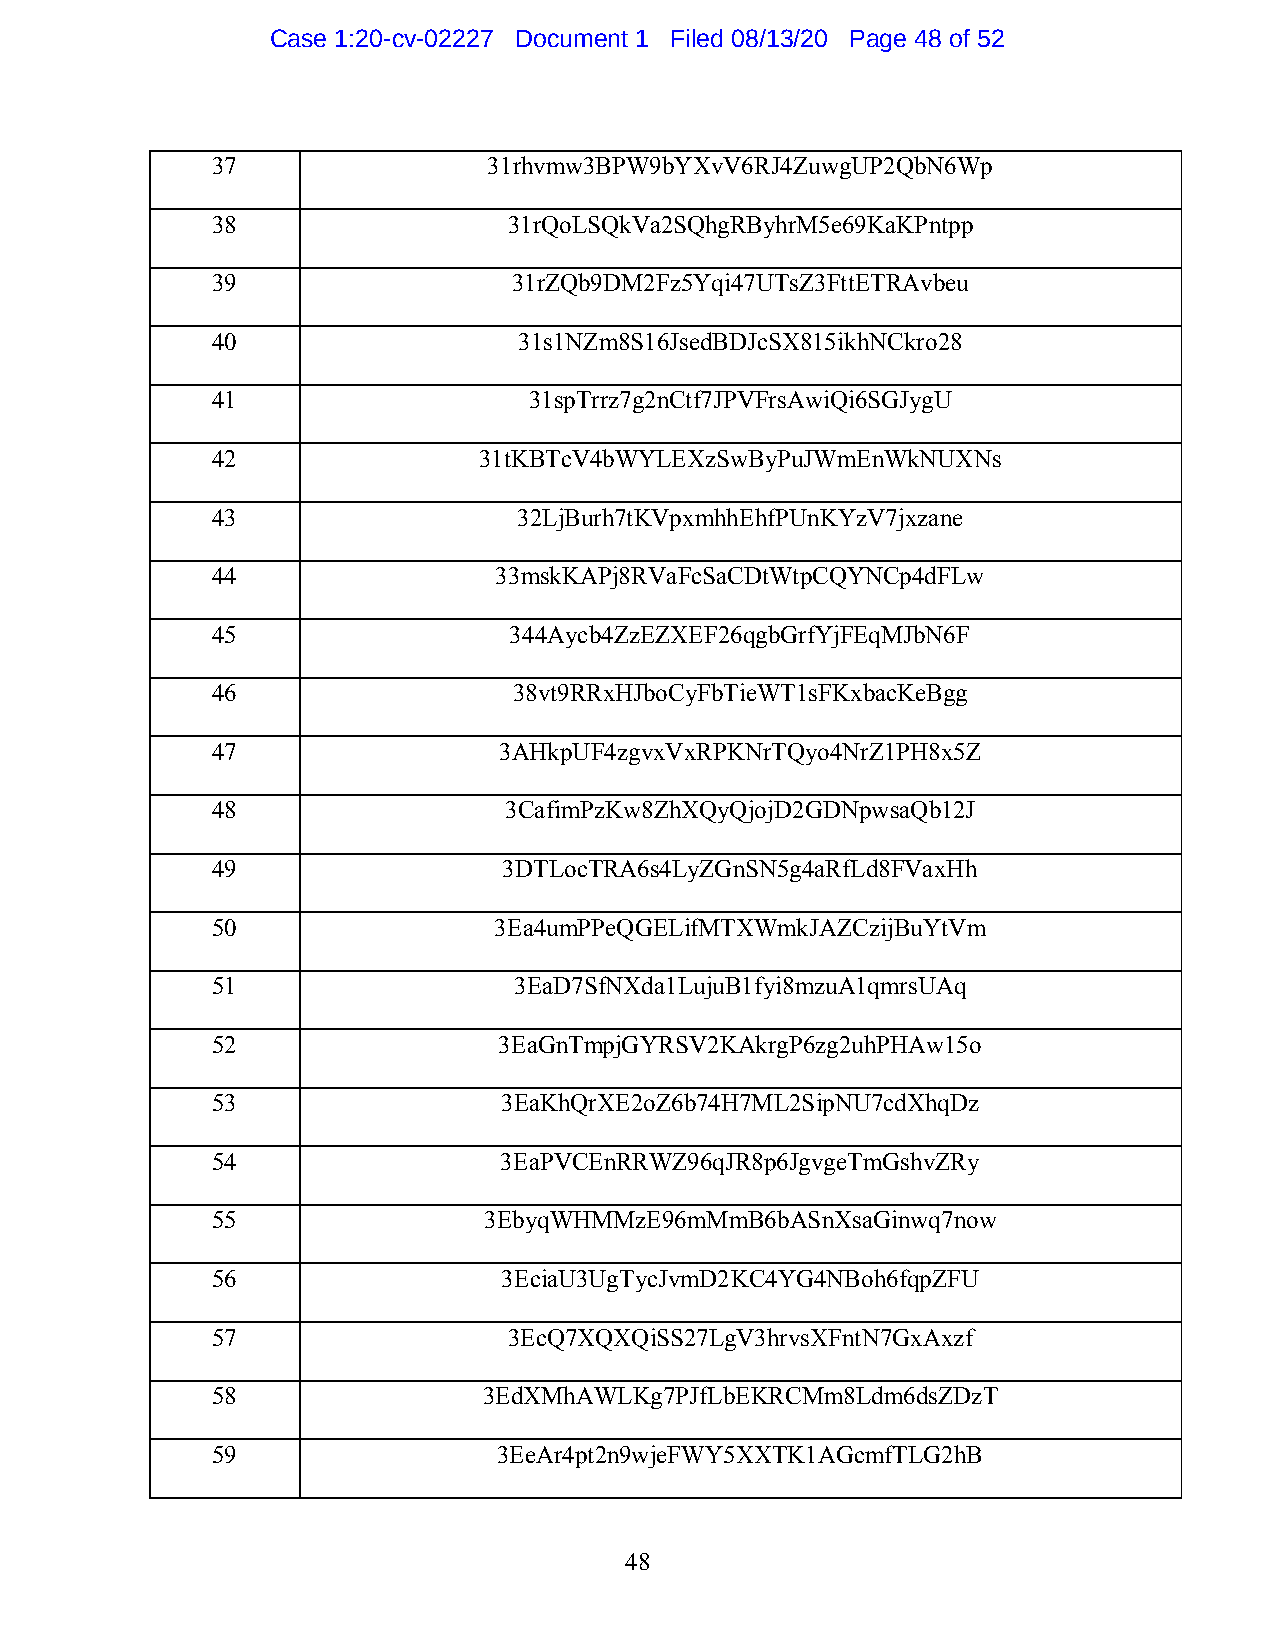
Case 1:20-cv-02227 Document 1 Filed 08/13/20 Page 48 of 52
 37                31rhvmw3BPW9bYXvV6RJ4ZuwgUP2QbN6Wp
 38                  31rQoLSQkVa2SQhgRByhrM5e69KaKPntpp
 39                  31rZQb9DM2Fz5Yqi47UTsZ3FttETRAvbeu
 40                  31s1NZm8S16JsedBDJcSX815ikhNCkro28
 41                   31spTrrz7g2nCtf7JPVFrsAwiQi6SGJygU
 42                31tKBTcV4bWYLEXzSwByPuJWmEnWkNUXNs
 43                  32LjBurh7tKVpxmhhEhfPUnKYzV7jxzane
 44                 33mskKAPj8RVaFcSaCDtWtpCQYNCp4dFLw
 45                  344Aycb4ZzEZXEF26qgbGrfYjFEqMJbN6F
 46                  38vt9RRxHJboCyFbTieWT1sFKxbacKeBgg
 47                 3AHkpUF4zgvxVxRPKNrTQyo4NrZ1PH8x5Z
 48                 3CafimPzKw8ZhXQyQjojD2GDNpwsaQb12J
 49                 3DTLocTRA6s4LyZGnSN5g4aRfLd8FVaxHh
 50                 3Ea4umPPeQGELifMTXWmkJAZCzijBuYtVm
 51                  3EaD7SfNXda1LujuB1fyi8mzuA1qmrsUAq
 52                 3EaGnTmpjGYRSV2KAkrgP6zg2uhPHAw15o
 53                 3EaKhQrXE2oZ6b74H7ML2SipNU7cdXhqDz
 54                 3EaPVCEnRRWZ96qJR8p6JgvgeTmGshvZRy
 55                3EbyqWHMMzE96mMmB6bASnXsaGinwq7now
 56                 3EciaU3UgTycJvmD2KC4YG4NBoh6fqpZFU
 57                  3EcQ7XQXQiSS27LgV3hrvsXFntN7GxAxzf
 58                3EdXMhAWLKg7PJfLbEKRCMm8Ldm6dsZDzT
 59                 3EeAr4pt2n9wjeFWY5XXTK1AGcmfTLG2hB
 48